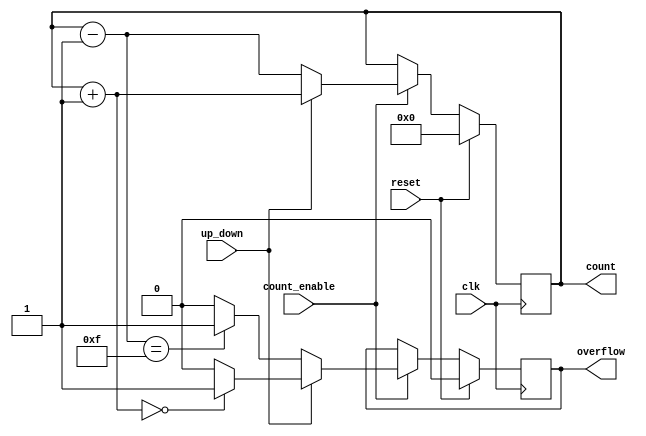
module cascaded_counter #(
    parameter WIDTH = 4 // Width of the counter (number of bits)
)(
    input wire clk,               // Clock input
    input wire reset,             // Synchronous reset
    input wire count_enable,      // Count enable signal
    input wire up_down,           // Control signal: 1 for up, 0 for down
    output reg [WIDTH-1:0] count, // Current count value
    output reg overflow           // Overflow flag
);

    // Internal signal for next count value
    reg [WIDTH-1:0] next_count;

    always @(posedge clk) begin
        if (reset) begin
            count <= 0; // Initialize count to zero on reset
            overflow <= 0; // Clear overflow flag
        end else if (count_enable) begin
            // Determine next count value based on up_down control
            if (up_down) begin
                // Count up
                next_count = count + 1;
                // Check for overflow
                if (next_count == 0) begin
                    overflow <= 1; // Set overflow flag if wrapped around
                end else begin
                    overflow <= 0; // Clear overflow flag
                end
            end else begin
                // Count down
                next_count = count - 1;
                // Check for overflow (underflow in this case)
                if (next_count == {WIDTH{1'b1}}) begin
                    overflow <= 1; // Set overflow flag if wrapped around
                end else begin
                    overflow <= 0; // Clear overflow flag
                end
            end
            count <= next_count; // Update count
        end
    end
endmodule